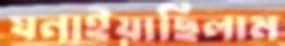
ঘনাইয়াছিলাম